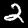
Digit: 2